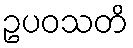
ဥပဝသတိ